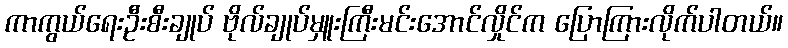
ကာကွယ်ရေးဦးစီးချုပ် ဗိုလ်ချုပ်မှူးကြီးမင်းအောင်လှိုင်က ပြောကြားလိုက်ပါတယ်။